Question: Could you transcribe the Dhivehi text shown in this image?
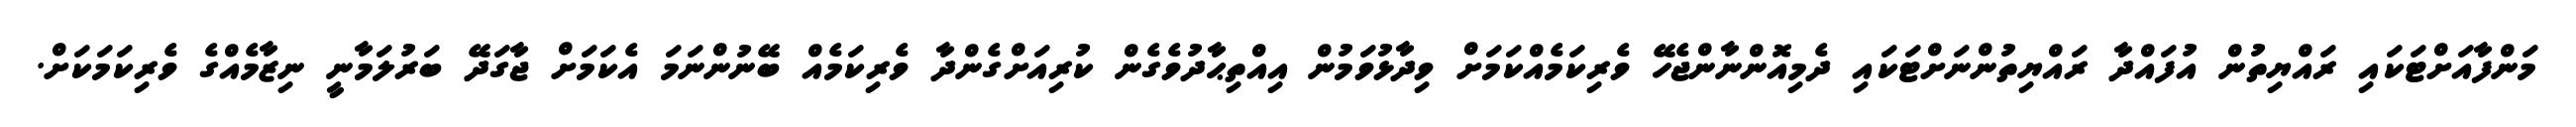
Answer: މަންފާއަށްޓަކައި ރައްޔިތުން އުފައްދާ ރައްޔިތުންނަށްޓަކައި ދެމިއޮންނާންޖެހޭ ވެރިކަމެއްކަމަށް ވިދާޅުވަމުން އިއްތިޙާދުވެގެން ކުރިއަށްގެންދާ ވެރިކަމެއް ބޭނުންނަމަ އެކަމަށް ޖާގަދޭ ބަރުލަމާނީ ނިޒާމެއްގެ ވެރިކަމަކަށް.